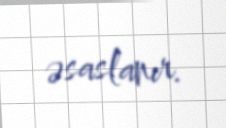
əsaslanır.